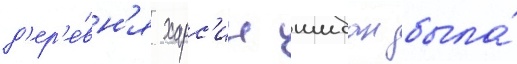
д'ер'е́вн'я харс'ин шибан была́